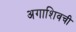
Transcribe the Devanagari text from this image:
अगाशिवची